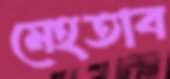
মেহতাব